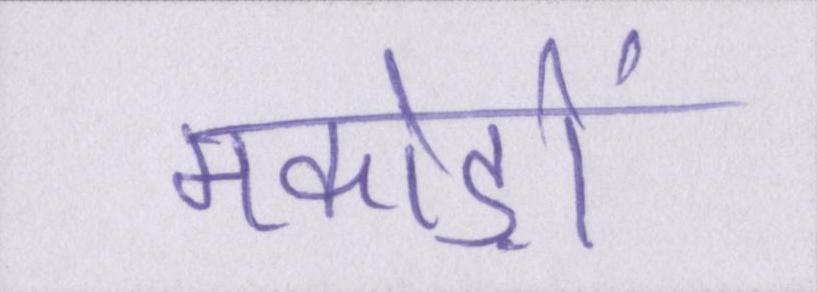
मकोड़ों